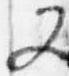
又